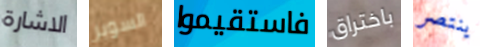
الاشارة السوبر فاستقيموا باختراق ينتصر